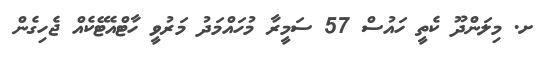
ށ. މިލަންދޫ ކެތީ ހައުސް 57 ސަމީރާ މުހައްމަދު މަރުވީ ހާޓްއެޓޭކެއް ޖެހިގެން